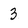
Character: 3